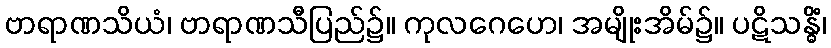
ဗာရာဏသိယံ၊ ဗာရာဏသီပြည်၌။ ကုလဂေဟေ၊ အမျိုးအိမ်၌။ ပဋိသန္ဓိံ၊